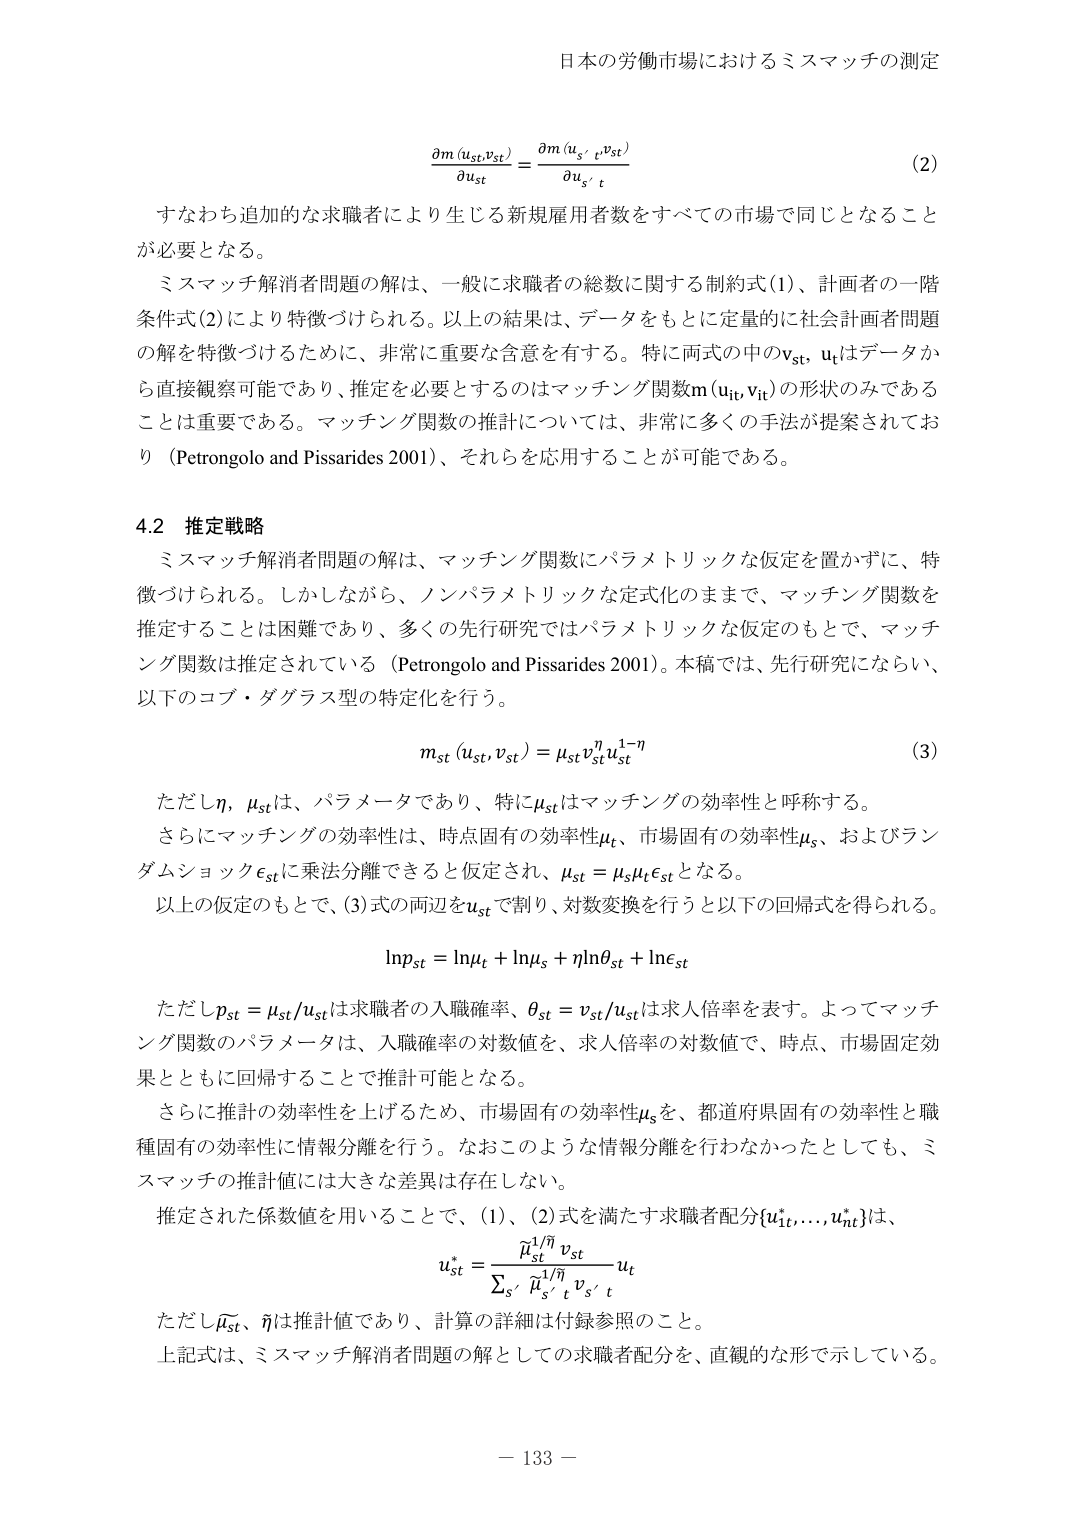
日本の労働市場におけるミスマッチの測定

∂m (u_st, v_st) / ∂u_st = ∂m (u_s', v_s') / ∂u_s' t  (2)

すなわち追加的な求職者により生じる新規雇用者数をすべての市場で同じとなることが必要となる。

ミスマッチ解消者問題の解は、一般に求職者の総数に関する制約式(1)、計画者の一階条件式(2)により特徴づけられる。以上の結果は、データをもとに定量的に社会計画者問題の解を特徴づけるために、非常に重要な含意を有する。特に両式の中のv_st, u_tはデータから直接観察可能であり、推定を必要とするのはマッチング関数m (u_it, v_it)の形状のみであることは重要である。マッチング関数の推計については、非常に多くの手法が提案されており（Petrongo lo and Pissarides 2001）、それらを応用することが可能である。

4.2 推定戦略

ミスマッチ解消者問題の解は、マッチング関数にパラメトリックな仮定を置かずに、特徴づけられる。しかしながら、ノンパラメトリックな定式化のままで、マッチング関数を推定することは困難であり、多くの先行研究ではパラメトリックな仮定のもとで、マッチング関数は推定されている（Petrongo lo and Pissarides 2001）。本稿では、先行研究にならい、以下のコブ・ダグラス型の特定化を行う。

m_st (u_st, v_st) = μ_st v_st^η u_st^(1-η)  (3)

ただしη, μ_stは、パラメータであり、特にμ_stはマッチングの効率性と呼称する。

さらにマッチングの効率性は、時点固有の効率性μ_t、市場固有の効率性μ_s、およびランダムショックε_stに乗法分離できると仮定され、μ_st = μ_s μ_t ε_stとなる。

以上の仮定のもとで、(3)式の両辺をu_stで割り、対数変換を行うと以下の回帰式が得られる。

ln p_st = ln μ_t + ln μ_s + η ln θ_st + ln ε_st

ただしp_st = μ_st / u_stは求職者の入職確率、θ_st = v_st / u_stは求人倍率を表す。よってマッチング関数のパラメータは、入職確率の対数値を、求人倍率の対数値で、時点、市場固定効果とともに回帰することで推計可能となる。

さらに推計の効率性を上げるため、市場固有の効率性μ_sを、都道府県固有の効率性と職種固有の効率性に情報分離を行う。なおこのような情報分離を行わなかったとしても、ミスマッチの推計値には大きな差異は存在しない。

推定された係数値を用いることで、(1)、(2)式を満たす求職者配分{u_1t*,..., u_nt*}は、

u_st* = (μ̂_st^(1/η) v_st / Σ_s' μ̂_s'^(1/η) v_s' t) u_t

ただしμ̂_st、η̂は推計値であり、計算の詳細は付録参照のこと。

上記式は、ミスマッチ解消者問題の解としての求職者配分を、直観的な形で示している。

－ 133 －